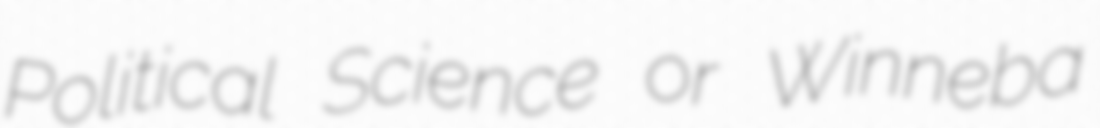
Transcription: Political Science or Winneba